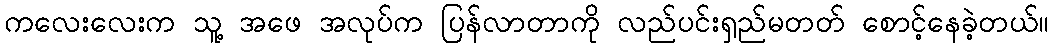
ကလေးလေးက သူ့ အဖေ အလုပ်က ပြန်လာတာကို လည်ပင်းရှည်မတတ် စောင့်နေခဲ့တယ်။